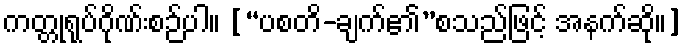
ကတ္တုရုပ်ဂိုဏ်းစဉ်ပါ။ [“ပစတိ-ချက်၏”စသည်ဖြင့် အနက်ဆို။]